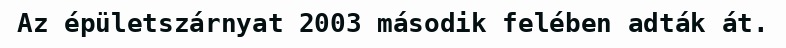
Az épületszárnyat 2003 második felében adták át.